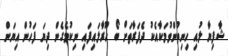
ޝާފިޔާ ލުއި ހިނިތުންވުމަކާއެކު ދެފަރާތަށް ބޯ ހޫރާލައިފައި ނިކުމެގެން ދިޔަ ފަހުން އިޔަން